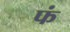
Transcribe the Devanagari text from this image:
फं